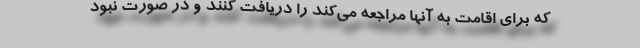
که برای اقامت به آنها مراجعه می‌کند را دریافت کنند و در صورت نبود